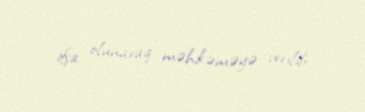
ifşa olunaraq məhkəməyə verilib.